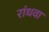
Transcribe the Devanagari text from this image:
रांधवा